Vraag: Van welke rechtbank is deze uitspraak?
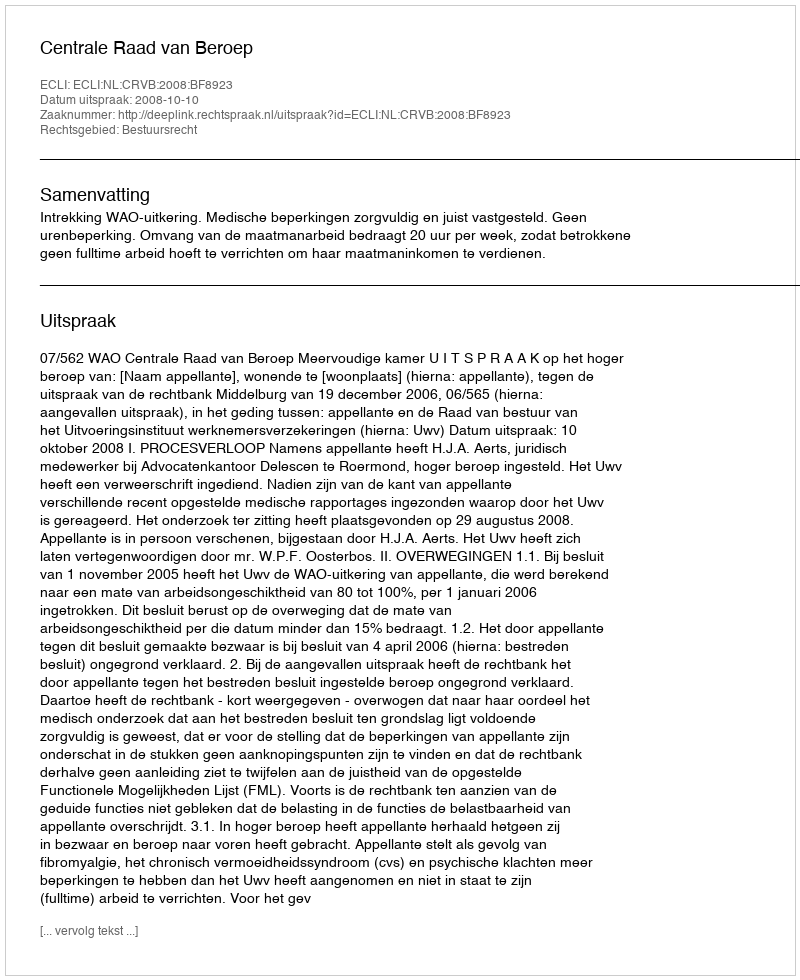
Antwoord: Centrale Raad van Beroep